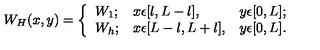
W _ { H } ( x , y ) = \left\{ \begin{array} { l l l } { W _ { 1 } ; } & { x \epsilon [ l , L - l ] , } & { y \epsilon [ 0 , L ] ; } \\ { W _ { h } ; } & { x \epsilon [ L - l , L + l ] , } & { y \epsilon [ 0 , L ] . } \\ \end{array} \right.